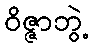
ဝိဇ္ဇာဘွဲ့